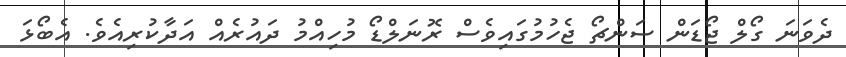
ދެވަނަ ގޯލް ޖޯޑަން ސަންޗޯ ޖެހުމުގައިވެސް ރޮނަލްޑޯ މުހިއްމު ދައުރެއް އަދާކުރިއެވެ. އެބޯޅަ